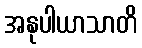
အနုပါယာသာတိ